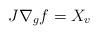
LaTeX: \begin{align*}J\nabla_gf=X_v\end{align*}